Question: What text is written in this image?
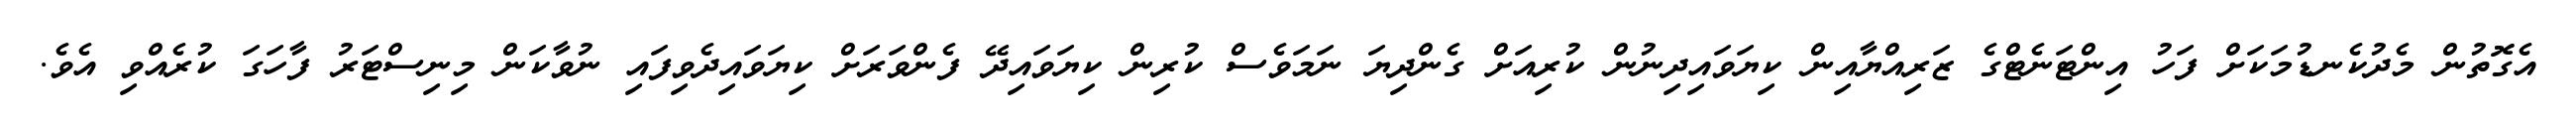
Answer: އެގޮތުން މެދުކެނޑުމަކަށް ފަހު އިންޓަނެޓްގެ ޒަރިއްޔާއިން ކިޔަވައިދިނުން ކުރިއަށް ގެންދިޔަ ނަމަވެސް ކުރިން ކިޔަވައިދޭ ފެންވަރަށް ކިޔަވައިދެވިފައި ނުވާކަން މިނިސްޓަރު ފާހަގަ ކުރެއްވި އެވެ.